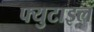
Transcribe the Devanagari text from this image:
फ्युटाइल